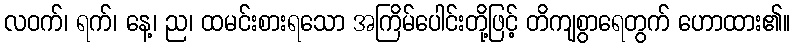
လဝက်၊ ရက်၊ နေ့၊ ည၊ ထမင်းစားရသော အကြိမ်ပေါင်းတို့ဖြင့် တိကျစွာရေတွက် ဟောထား၏။